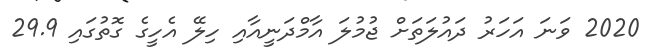
2020 ވަނަ އަހަރު ދައުލަތަށް ޖުމުލަ އާމްދަނީއާއި ހިލޭ އެހީގެ ގޮތުގައި 29.9